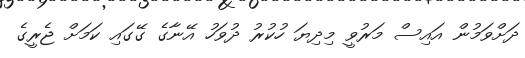
ދަށްވަމުން އައިސް މަރުވީ މިދިޔަ ހުކުރު ދުވަހު އޭނާގެ ގޭގައި ކަމަށް ޖެރީގެ